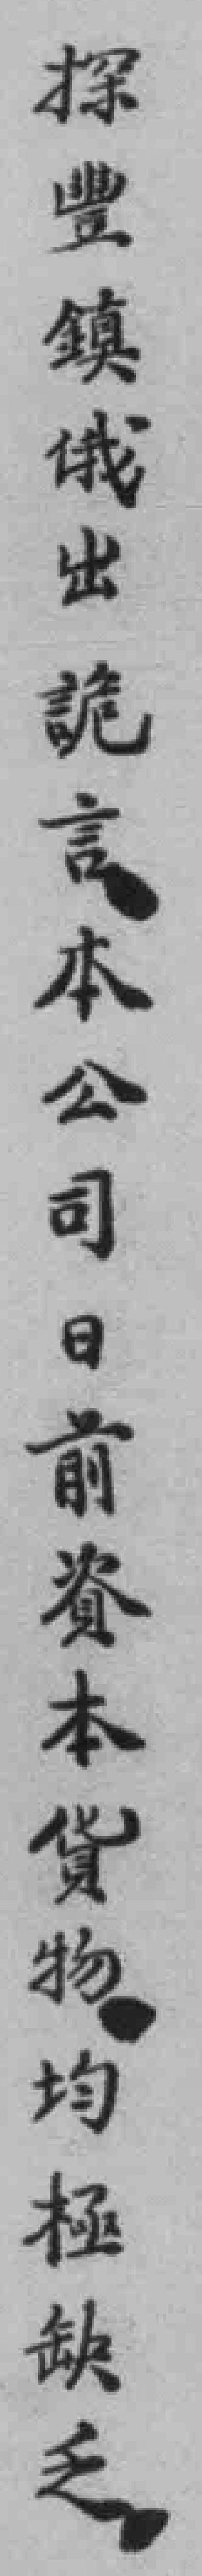
探豐鎮俄出詭言本公司日前資本貨物均極缺乏